NAE_ERA_R-1765_ENSV_Kirjanike_Liit_1945-1955, lk 13
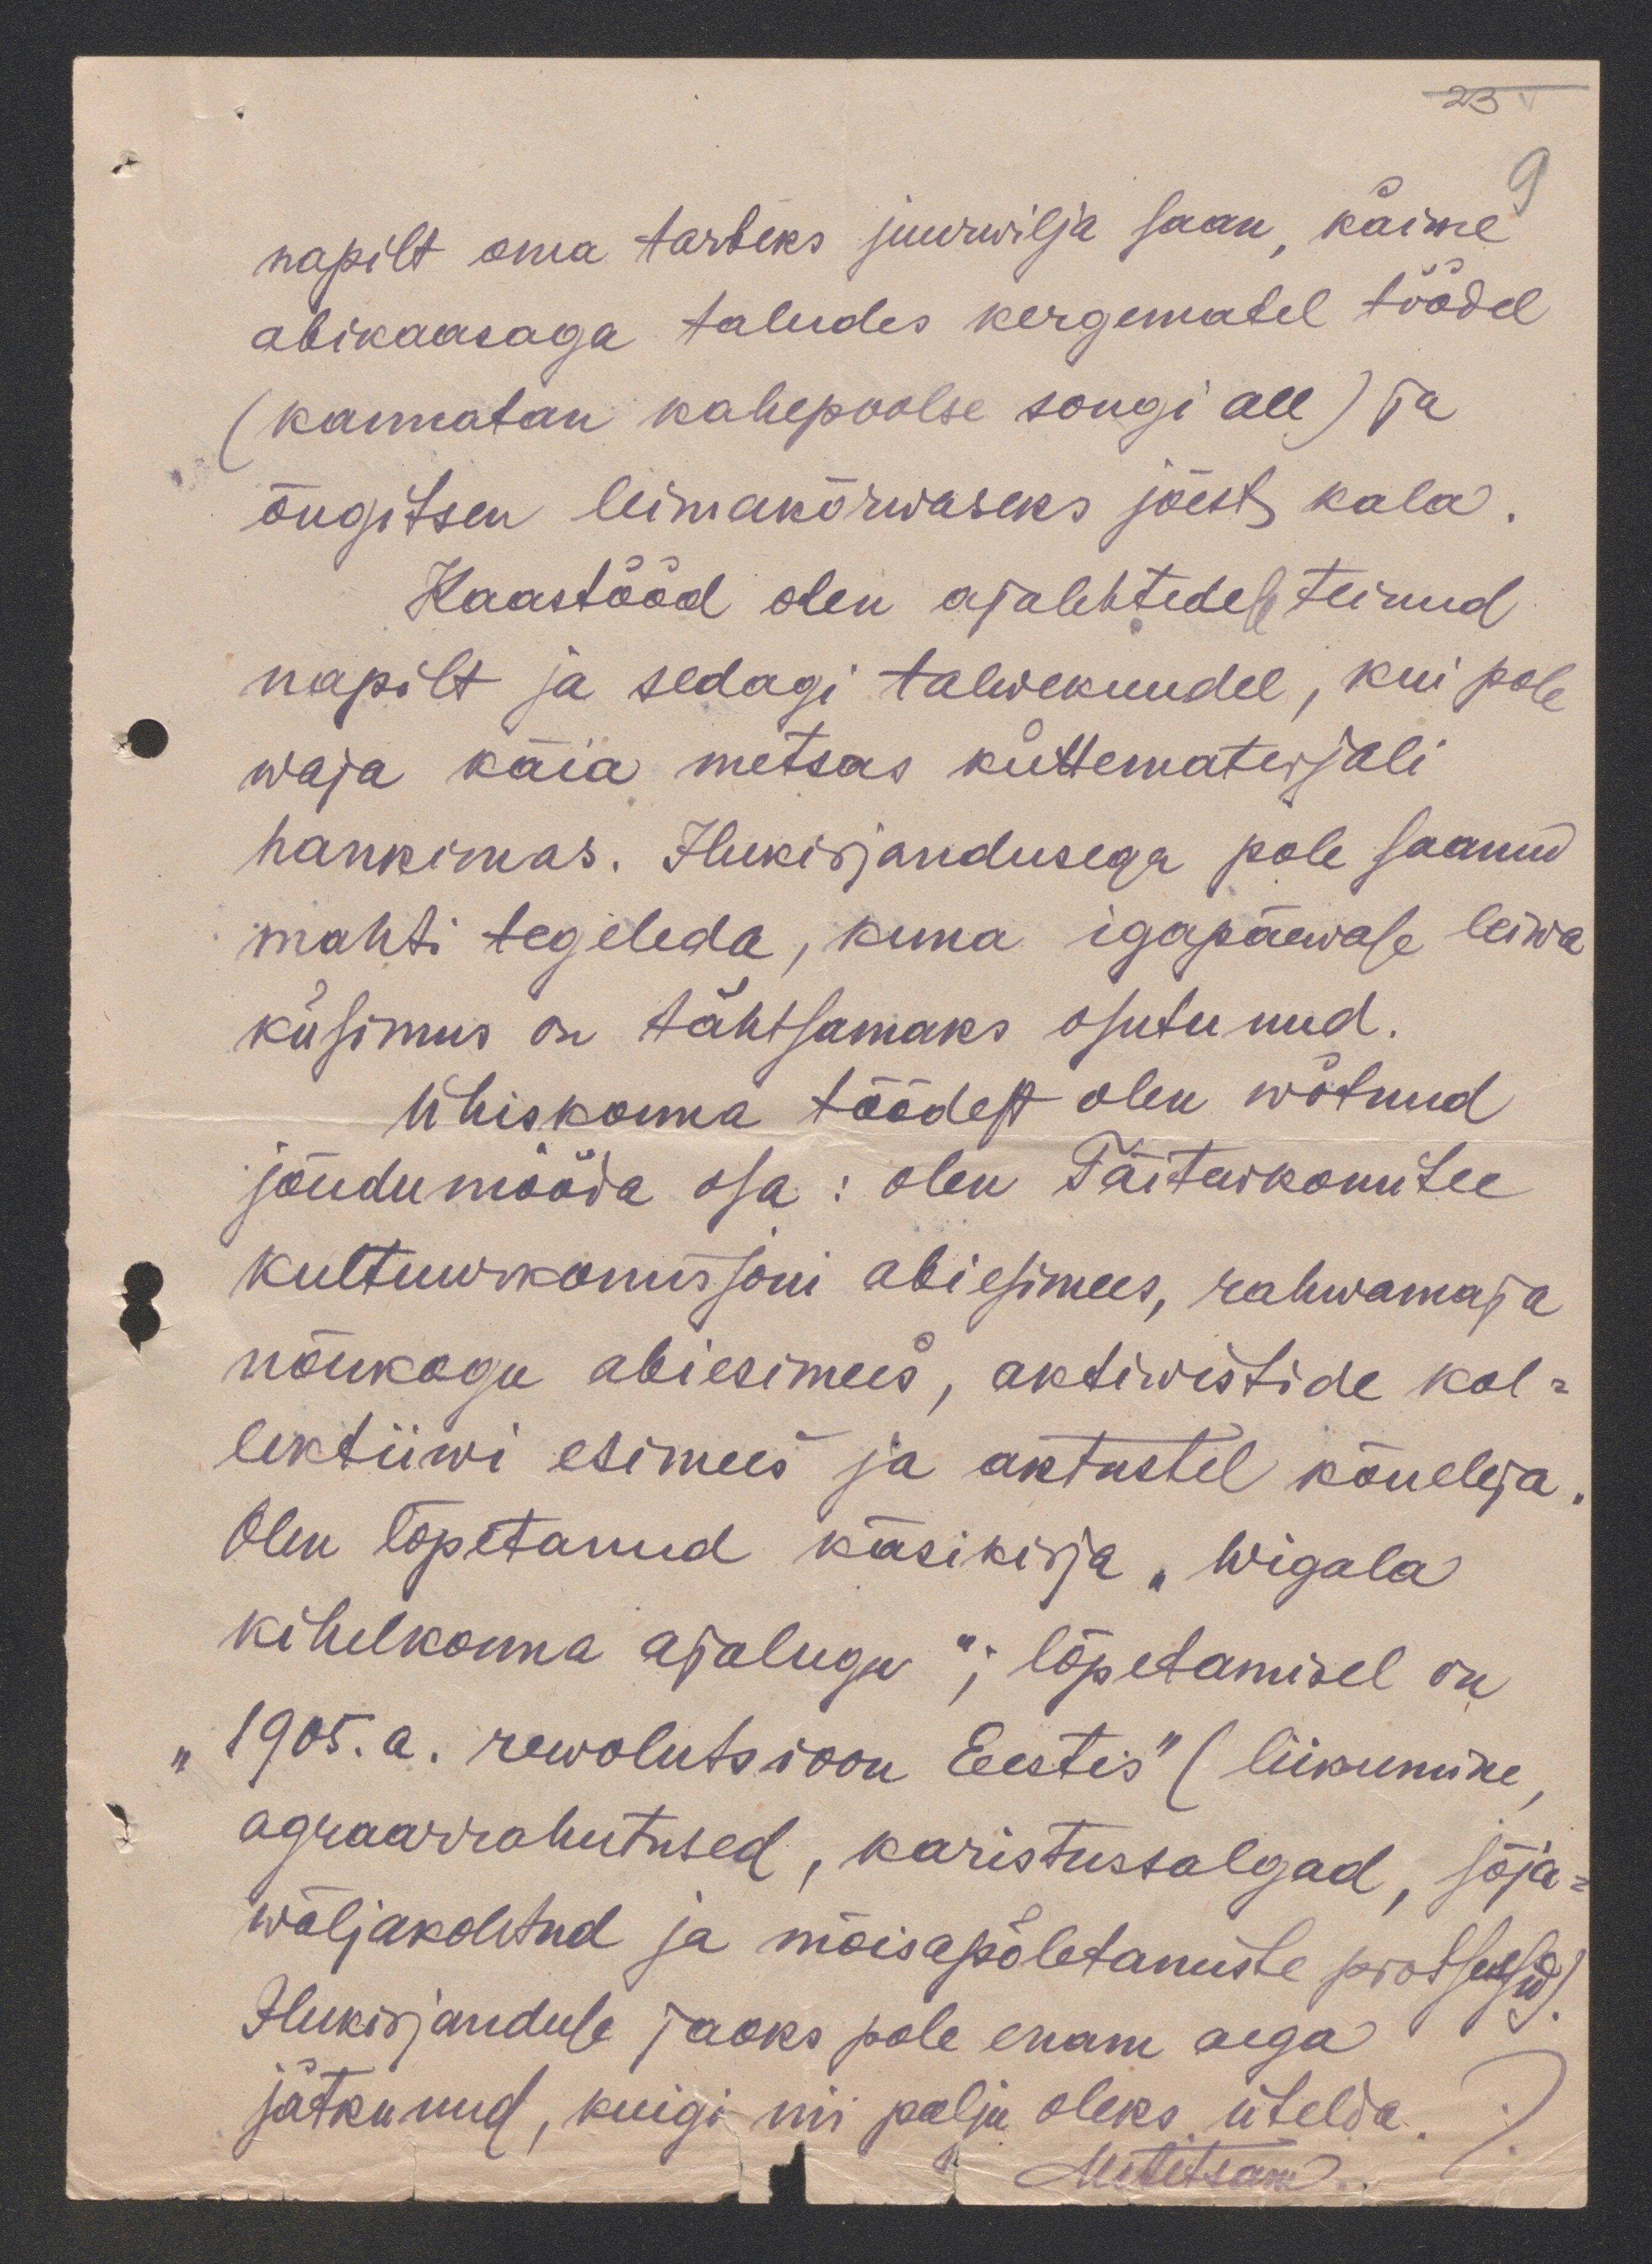
23
napilt oma tarbeks juurwilja saan käime
abikaasaga taludes kergematel töödel
(kannatan kahepoolse songi all) ja
õngitsen leiwakõrwaseks jõest kala
Kaastööd olen ajalehtedele teinud
napilt ja sedagi talwekuudel, kui pole
waja käia metsas küttematerjali
hankimas. Ilukirjandusega pole saanud
mahti tegeleda, kuna igapäewase leiwa
küsimus on tähtsamaks osutunud.
Üihiskonna töödest olen wõtnud
jõudumööda osa: olen Täitevkomitee
kultuurikomissoni abiesimees, rahwamaja
nõukogu abiesimees, aktiwistide kol-
lektiivi esimees ja aktustel kõneleja
Olen lõpetanud käsikirja "Wigala
kihelkonna ajalugu"; lõpetamisel on
1905. a. rewolutsioon Eestis" (liikumine
agraarrahutused, karistussalgad, sõja-
wäljakohtud ja mõisapoletamiste protsessid).
Ilukirjanduse jaoks pole enam aega
jätkunud, kuigi nii palju oleks ütelda.
MAitsam